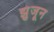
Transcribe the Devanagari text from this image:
झुंजून